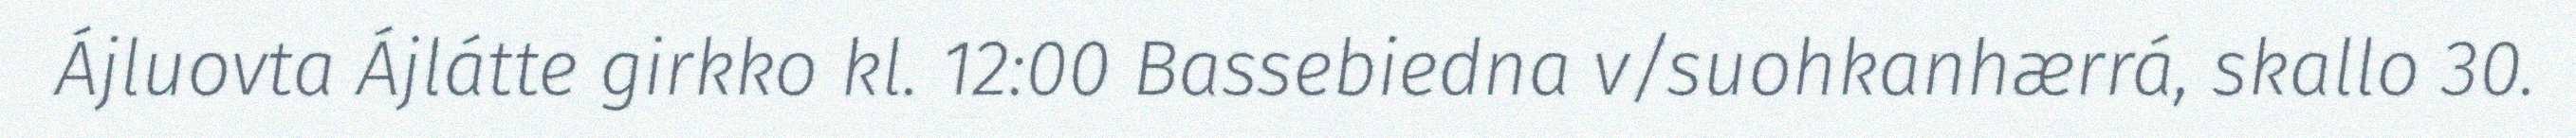
Ájluovta Ájlátte girkko kl. 12:00 Bassebiedna v/suohkanhærrá, skallo 30.